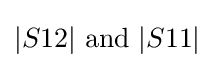
|S12|{\text{ and }}|S11|